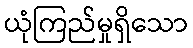
ယုံကြည်မှုရှိသော